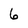
Character: 6